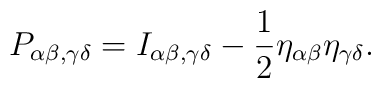
{P_{\alpha\beta,\gamma\delta}=I_{\alpha\beta,\gamma\delta}-\frac{1}{2}\eta_{\alpha\beta}\eta_{\gamma\delta}.}